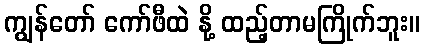
ကျွန်တော် ကော်ဖီထဲ နို့ ထည့်တာမကြိုက်ဘူး။